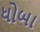
ધોબા